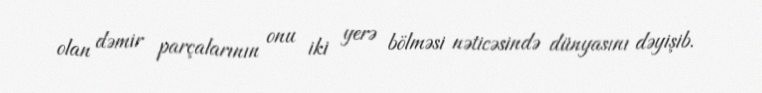
olan dəmir parçalarının onu iki yerə bölməsi nəticəsində dünyasını dəyişib.